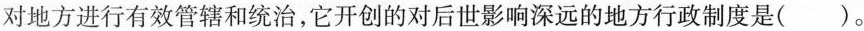
对地方进行有效管辖和统治，它开创的对后世影响深远的地方行政制度是()。